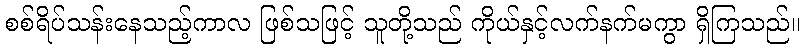
စစ်ရိပ်သန်းနေသည့်ကာလ ဖြစ်သဖြင့် သူတို့သည် ကိုယ်နှင့်လက်နက်မကွာ ရှိကြသည်။